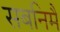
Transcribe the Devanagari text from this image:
सबनिमैं